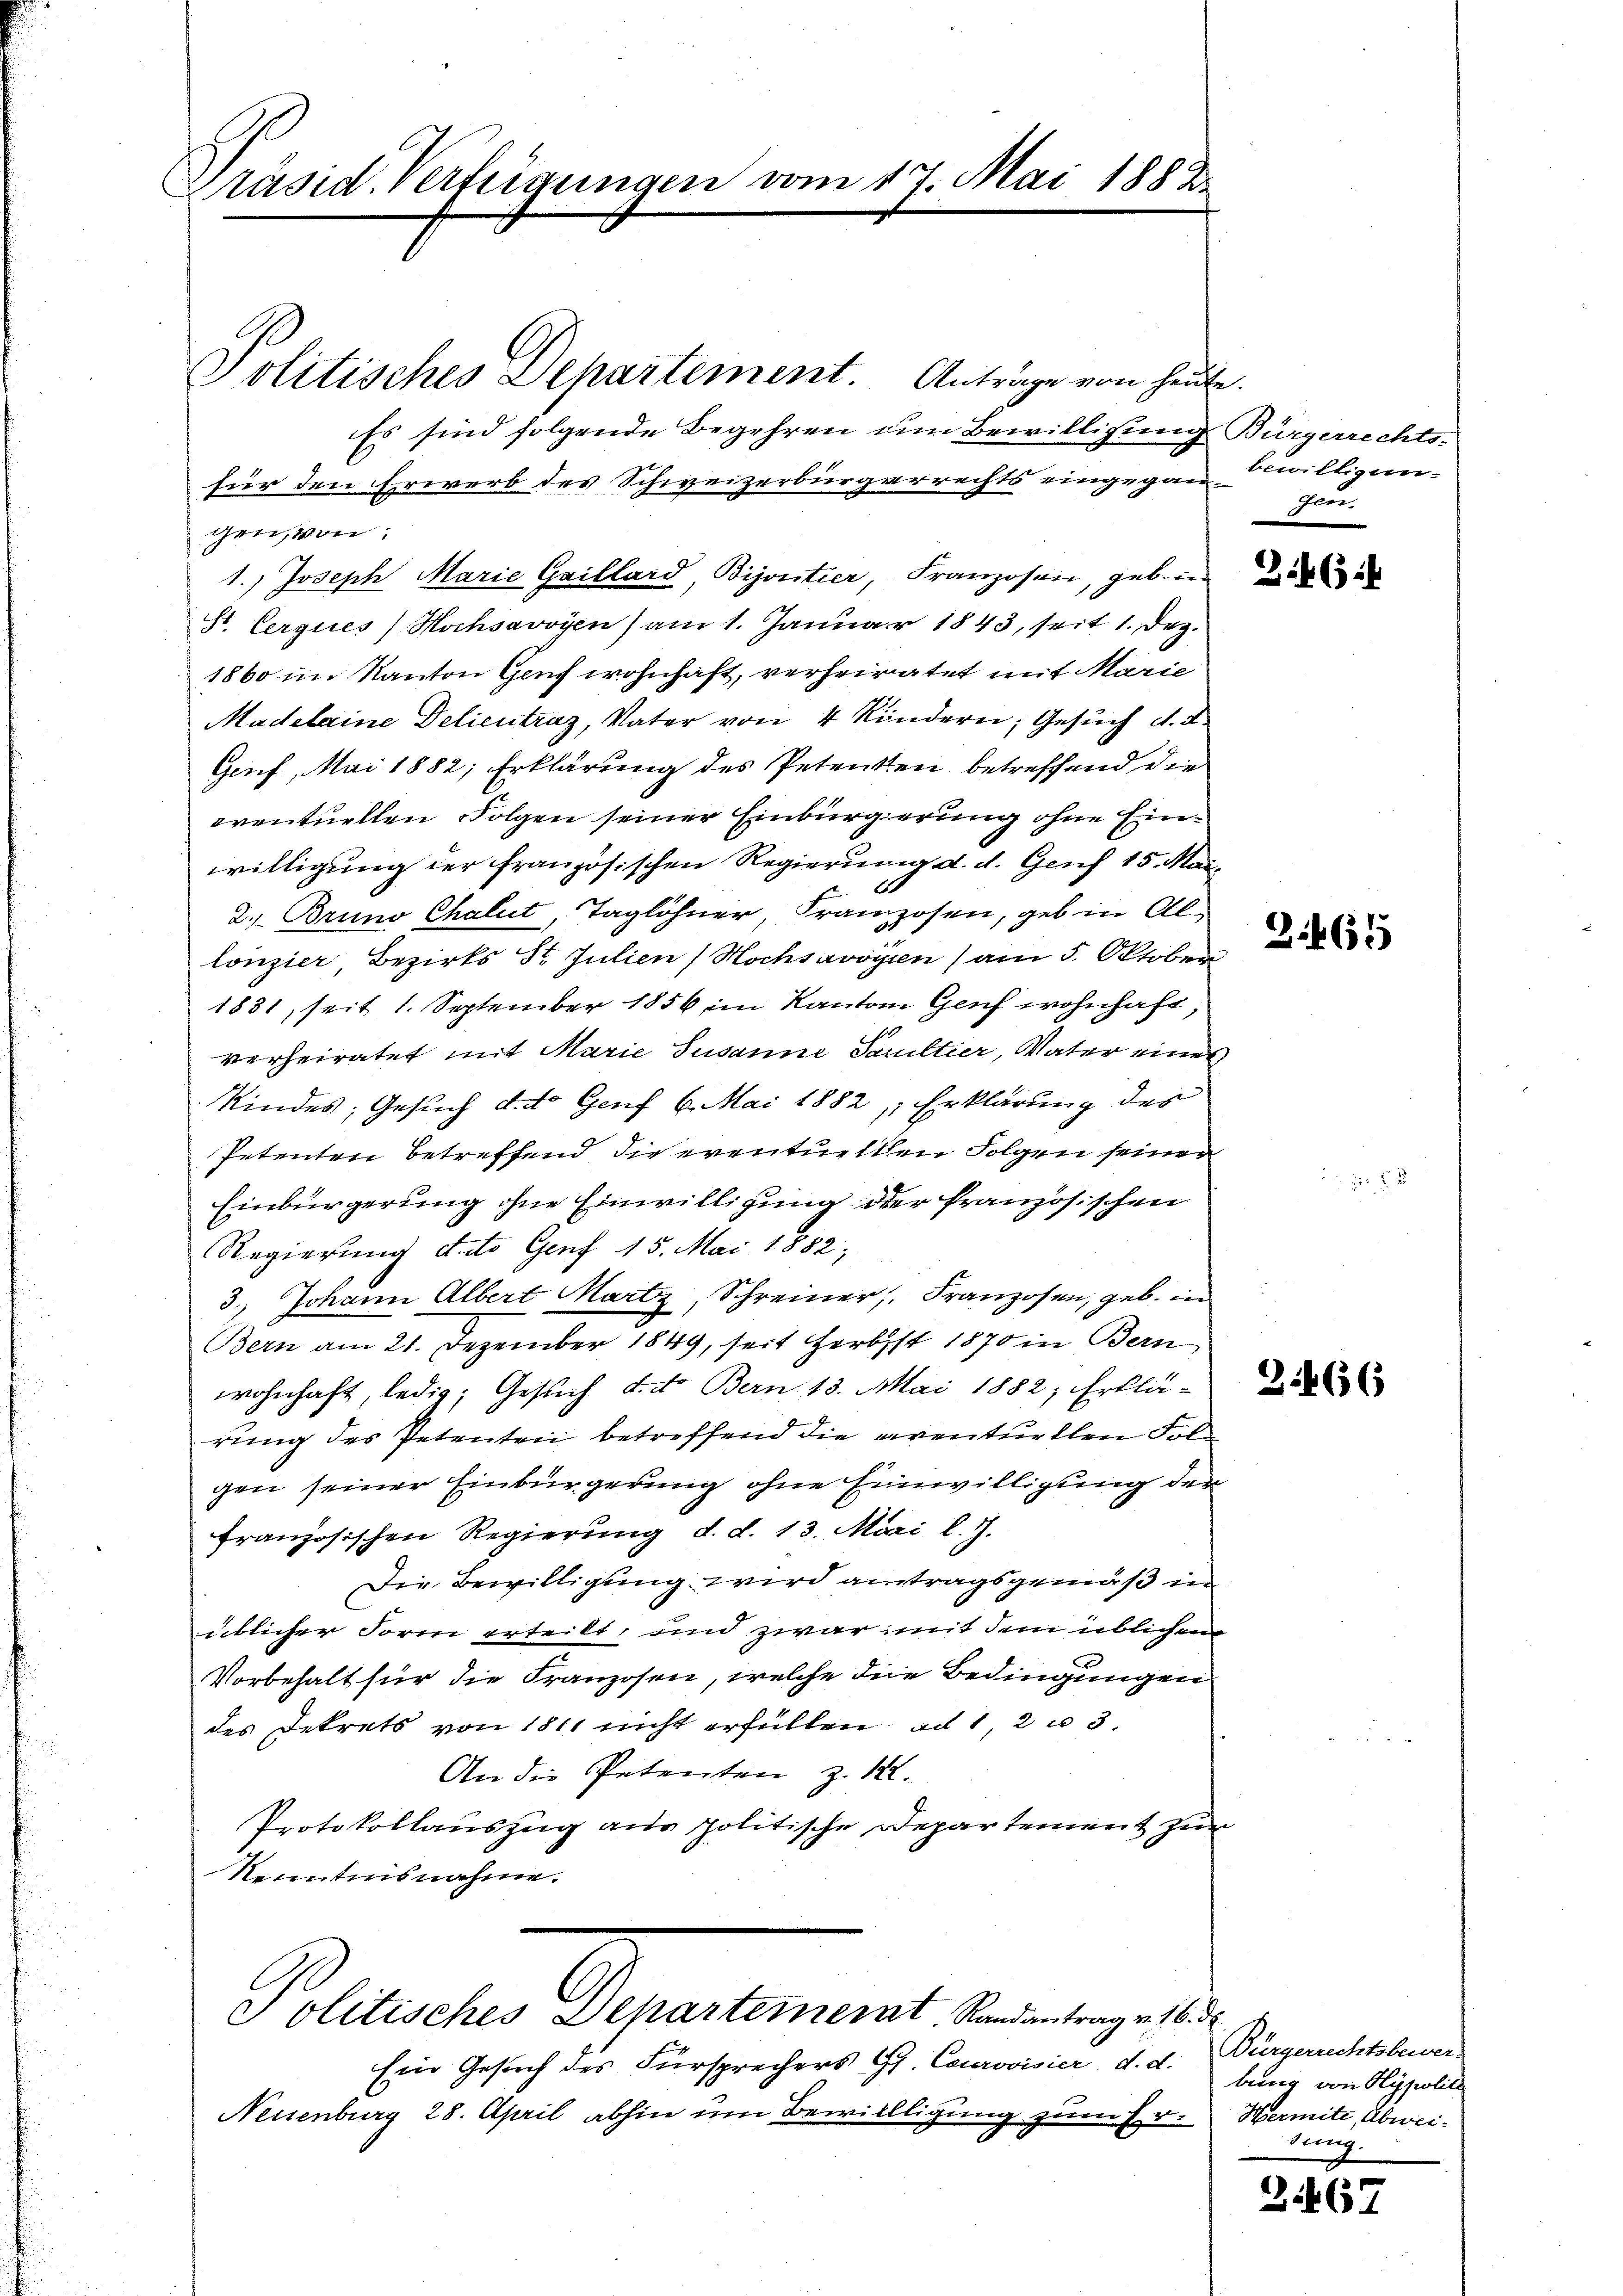
Präsid. Verfügungen vom 17. Mai 1888

Politisches Departement. Anträge von heute.
Es sind folgende Begehren um Bewilligung Bürgerrechts-
für den Erwerb des Schweizerbürgerrechts eingegan willigungen, von
1.) Joseph Marie Gaillard, Bijoutier, Franzosen, geb. in
St. Cerques Hochsavoyen ) am 1. Januar 1843, seit 1. Dez.
1860 im Kanton Genf wohnhaft, verheiratet mit Marie
Madelaine Delieutraz, Vater von 4 Kindern, Gesuch d. d.
Genf, Mai 1882; Erklärung des Petenten betreffend die
eventuellen Folgen seiner Einbürgerung ohne Einwilligung der französischen Regierung d. d. Genf 15. Mai
2. Bruno Chalut, Taglöhner, Franzosen, geb in Allonzier Bezirks St. Julien (Hochsavoyen ) am 5. Oktober
1881, seit 1. September 1856 im Kanton Genf wohnhaft,
verheiratet mit Marie Susanne Facultier, Vater eines
Kindes, Gesuch d. d. Genf 6. Mai 1882, Erklärung des
Petenten betreffend die eventuellen Folgen seiner
Einbürgerung ohne Einwilligung der französischen
Regierung d. dto Genf 15. Mai 1882,
3.) Johann Albert Martz, Schreiner, Franzosen, geb. in
Bern am 21. Dezember 1849, seit Herbst 1870 in Bern
wohnhaft, ledig; Gesuch d. dto Bern 13. Mai 1882, Erklä-
rung des Petenten betreffend die reventuellen Folgen seiner Einbürgerung ohne Einwilligung der
französischen Regierung d. d. 13. Mai l. J.
Die Bewilligung wird antragsgemäß in
üblicher Form erteilt, und zwar mit dem üblichen
Vorbehalt für die Franzosen, welche die Bedingungen
des Dekrets von 1811 nicht erfüllen, ad 1, 2 u 3.
An die Petenten z. 12.
Protokollauszug aus politische Departement zur
Kenntnisnahme.

Politisches Departement. Randantrag v. 16. d.

Ein Gesuch des Fürsprechers Gs. Courovisier. d. d.
Neuenburg 28. April abhin um Bewillligung zum Er-Wermite, Abwei¬

Jaen

Z. 631

Z.465

3.466

Bürgerrechtsbewer
bung von Hypoliti
dung.

2467